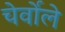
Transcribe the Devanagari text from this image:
चेर्वोले